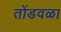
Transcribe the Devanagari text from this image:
तोंडवळा